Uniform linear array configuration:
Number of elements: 8
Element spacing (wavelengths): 0.75
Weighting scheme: hann
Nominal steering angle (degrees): -15
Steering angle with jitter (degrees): -15.706
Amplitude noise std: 0.05
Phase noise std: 0.05

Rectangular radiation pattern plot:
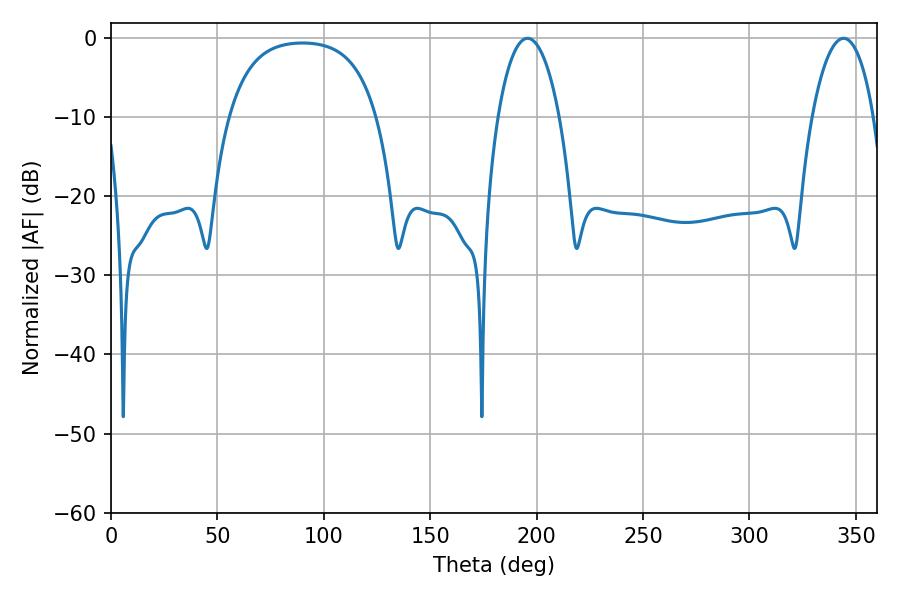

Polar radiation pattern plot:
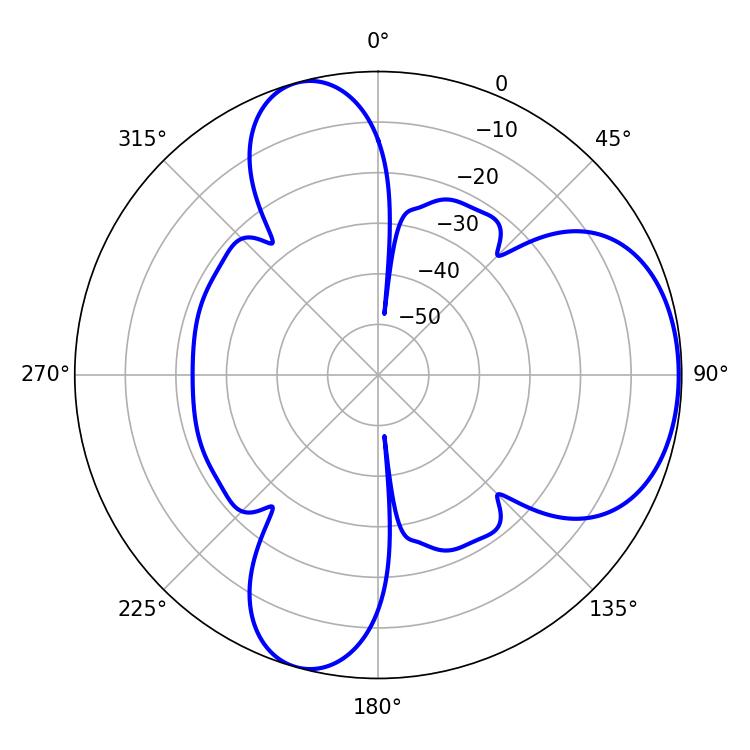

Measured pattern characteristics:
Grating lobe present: TRUE
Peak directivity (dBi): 5.818
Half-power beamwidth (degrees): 16.38
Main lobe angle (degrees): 195.66